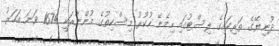
ދުނިޔޭގެ ތަރިކައިގެ ލިސްޓުގައި ހިމެނޭ ހުކުރު މިސްކިތުގެ މުންނާރަކީ 1674 ވަނަ އަހަރު